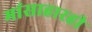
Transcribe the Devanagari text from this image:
मांसाहारही